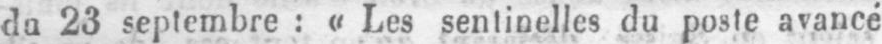
du 23 septembre: «Les sentinelles du poste avancé